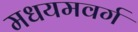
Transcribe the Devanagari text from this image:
मधयमवर्ग